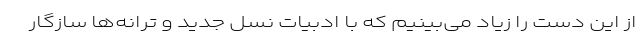
از این دست را زیاد می‌بینیم که با ادبیات نسل جدید و ترانه‌ها سازگار